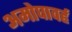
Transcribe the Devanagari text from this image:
अमोघावर्ह